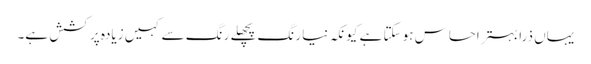
یہاں ذرا بہتر احساس ہو سکتا ہے کیونکہ نیا رنگ پچھلے رنگ سے کہیں زیادہ پرکشش ہے۔